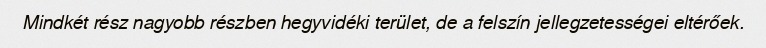
Mindkét rész nagyobb részben hegyvidéki terület, de a felszín jellegzetességei eltérőek.